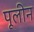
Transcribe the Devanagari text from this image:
पूलीन